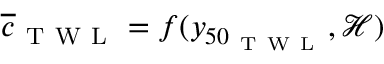
\overline { { c } } _ { \mathrm { ~ T ~ W ~ L ~ } } = f ( y _ { 5 0 _ { \mathrm { ~ T ~ W ~ L ~ } } } , \mathcal { H } )